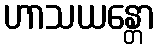
ဟာသယန္တော